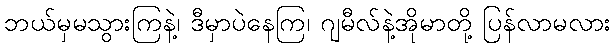
ဘယ်မှမသွားကြနဲ့၊ ဒီမှာပဲနေကြ၊ ဂျမီလ်နဲ့အိုမာတို့ ပြန်လာမလား